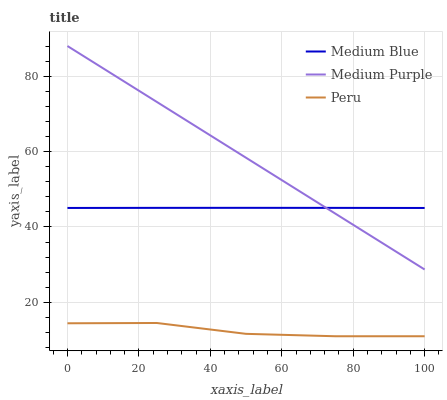
| xaxis_label | Medium Blue | Medium Purple | Peru |
 | --- | --- | --- | --- |
 | 0 | 45 | 88 | 14.4 |
 | 25 | 45.1 | 73.2 | 14.5 |
 | 50 | 45.1 | 58.4 | 11.6 |
 | 75 | 45.1 | 43.5 | 11 |
 | 100 | 45 | 28.7 | 11 |